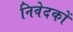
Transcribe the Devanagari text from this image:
निवेदकों